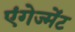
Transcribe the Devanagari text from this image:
एंगेज्मेंट